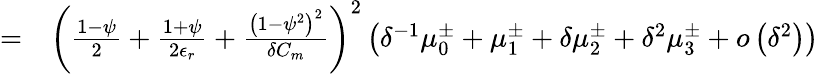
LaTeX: \begin{array}{rl}{=}&{{}\left(\frac{1-\psi}{2}+\frac{1+\psi}{2\epsilon_{r}}+\frac{\left(1-\psi^{2}\right)^{2}}{\delta C_{m}}\right)^{2}\left(\delta^{-1}\mu_{0}^{\pm}+\mu_{1}^{\pm}+\delta\mu_{2}^{\pm}+\delta^{2}\mu_{3}^{\pm}+o\left(\delta^{2}\right)\right)}\end{array}